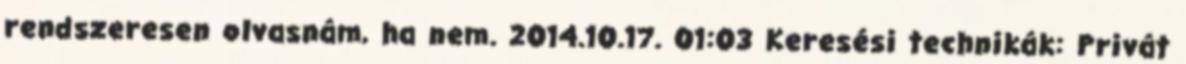
rendszeresen olvasnám, ha nem. 2014.10.17. 01:03 Keresési technikák: Privát